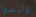
وليسوا